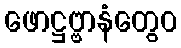
ဖောဋ္ဌဗ္ဗာနံတွေဝ